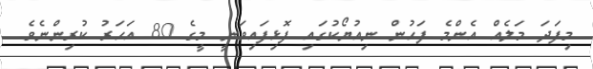
މިފަދަ މަލެއް އެންމެ ފަހުން ނިއުޔޯކުގައި ފޮޅިފައިވަނީ މީގެ 80 އަހަރު ކުރިންނެވެ.